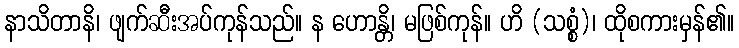
နာသိတာနိ၊ ဖျက်ဆီးအပ်ကုန်သည်။ န ဟောန္တိ၊ မဖြစ်ကုန်။ ဟိ (သစ္စံ)၊ ထိုစကားမှန်၏။